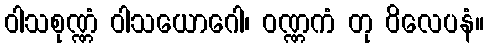
ဝါသစုဏ္ဏံ ဝါသယောဂေါ၊ ဝဏ္ဏကံ တု ဝိလေပနံ။